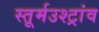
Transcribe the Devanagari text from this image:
स्तूर्मउश्ट्रांव